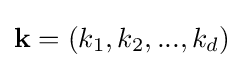
\mathbf {k} =(k_{1},k_{2},...,k_{d})